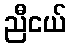
ညီငယ်